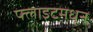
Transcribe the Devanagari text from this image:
फ्लाइटमधून